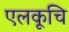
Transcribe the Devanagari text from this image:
एलकूचि